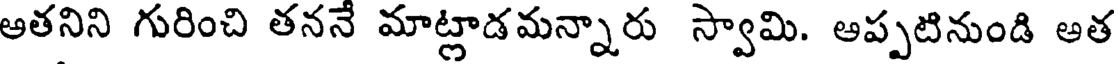
ఆతనిని గురించి తననే మాట్లాడమన్నారు స్వామి. ఆప్పటినుండి ఆత